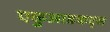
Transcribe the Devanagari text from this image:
एकुआडकट्स